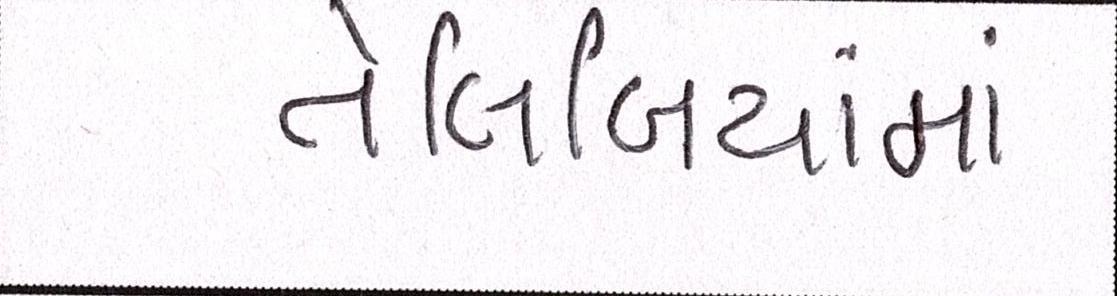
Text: તેલિબિયાંમાં